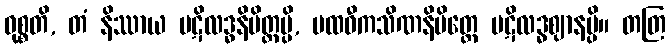
ဝုစ္စတိ, တံ နိဿာယ ပဋိလဒ္ဓနိမိတ္တမ္ပိ, ပထဝီကသိဏနိမိတ္တေ ပဋိလဒ္ဓဈာနမ္ပိ။ တတြ